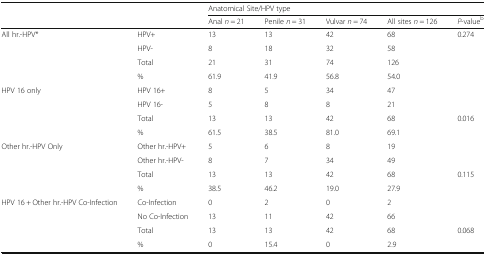
<table><thead><tr><td></td><td></td><td colspan="5"><b>Anatomical Site/HPV type</b></td></tr><tr><td></td><td></td><td><b>Anal <i>n</i> = 21</b></td><td><b>Penile <i>n</i> = 31</b></td><td><b>Vulvar <i>n</i> = 74</b></td><td><b>All sites <i>n</i> = 126</b></td><td><b><i>P</i>-value<sup>b</sup></b></td></tr></thead><tbody><tr><td rowspan="4">All hr.-HPV*</td><td>HPV+</td><td>13</td><td>13</td><td>42</td><td>68</td><td>0.274</td></tr><tr><td>HPV-</td><td>8</td><td>18</td><td>32</td><td>58</td><td></td></tr><tr><td>Total</td><td>21</td><td>31</td><td>74</td><td>126</td><td></td></tr><tr><td>%</td><td>61.9</td><td>41.9</td><td>56.8</td><td>54.0</td><td></td></tr><tr><td rowspan="4">HPV 16 only</td><td>HPV 16+</td><td>8</td><td>5</td><td>34</td><td>47</td><td></td></tr><tr><td>HPV 16-</td><td>5</td><td>8</td><td>8</td><td>21</td><td></td></tr><tr><td>Total</td><td>13</td><td>13</td><td>42</td><td>68</td><td>0.016</td></tr><tr><td>%</td><td>61.5</td><td>38.5</td><td>81.0</td><td>69.1</td><td></td></tr><tr><td rowspan="4">Other hr.-HPV Only</td><td>Other hr.-HPV+</td><td>5</td><td>6</td><td>8</td><td>19</td><td></td></tr><tr><td>Other hr.-HPV-</td><td>8</td><td>7</td><td>34</td><td>49</td><td></td></tr><tr><td>Total</td><td>13</td><td>13</td><td>42</td><td>68</td><td>0.115</td></tr><tr><td>%</td><td>38.5</td><td>46.2</td><td>19.0</td><td>27.9</td><td></td></tr><tr><td rowspan="4">HPV 16 + Other hr.-HPV Co-Infection</td><td>Co-Infection</td><td>0</td><td>2</td><td>0</td><td>2</td><td></td></tr><tr><td>No Co-Infection</td><td>13</td><td>11</td><td>42</td><td>66</td><td></td></tr><tr><td>Total</td><td>13</td><td>13</td><td>42</td><td>68</td><td>0.068</td></tr><tr><td>%</td><td>0</td><td>15.4</td><td>0</td><td>2.9</td><td></td></tr></tbody></table>